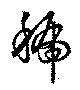
号